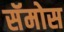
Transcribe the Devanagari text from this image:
सॅमोस